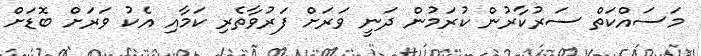
މަސައްކަތް ސަރުކާރުން ކުރަމުން ދަނީ ވަރަށް ފަރުވާތެރި ކަމާއި އެކު ވަރަށް ބޮޑަށް